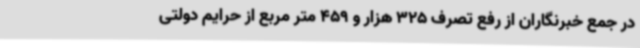
در جمع خبرنگاران از رفع تصرف 325 هزار و 459 متر مربع از حرایم دولتی